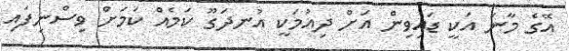
އޭގެ މާނަ އަކީ ޑައިވިން އަށް ދިއުމަކީ އުނދަގޫ ކަމެއް ކަމަށް ވިސްނިފައި